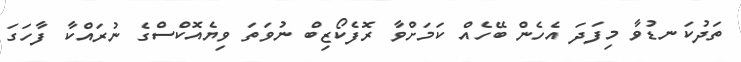
ތަދުކަނޑުވާ މިފަދަ އެހެން ބޭހެއް ކަމަށްވާ ރޮފެކޯޒިބް ނުވަތަ ވިޔެއޮކްސްގެ ނުރައްކާ ފާހަގަ